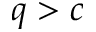
q > c